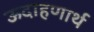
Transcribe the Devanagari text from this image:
ऊदाहणार्थ